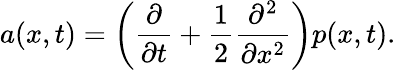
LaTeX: a(x,t)=\left({\frac{\partial}{\partial t}}+{\frac{1}{2}}{\frac{\partial^{2}}{\partial x^{2}}}\right)p(x,t).